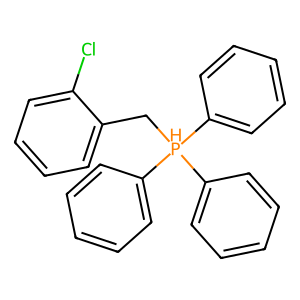
SMILES: Clc1ccccc1C[PH](c1ccccc1)(c1ccccc1)c1ccccc1
Inhibits HIV replication: No